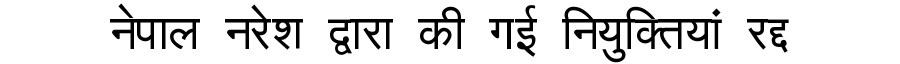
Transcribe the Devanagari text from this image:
नेपाल नरेश द्वारा की गई नियुक्तियां रद्द